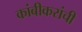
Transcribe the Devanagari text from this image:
कांबीकरांची